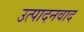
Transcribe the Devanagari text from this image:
उत्पादनवाद